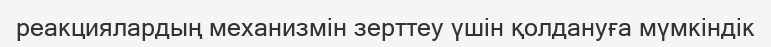
реакциялардың механизмін зерттеу үшін қолдануға мүмкіндік